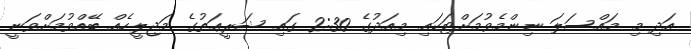
އަދި މި މައްސަލަ ނިންމެވުމަށްޓަކައި މިއަދުގެ 2:30 ގައި ޝަރީޢަތުގެ މަޖިލީހެއް ބޭއްވުމަށްވަނީ